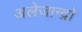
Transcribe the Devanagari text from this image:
अलेजान्द्रो